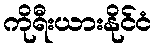
ကိုရီးယားနိုင်ငံ